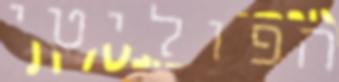
הפוליטי